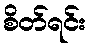
စိတ်ရင်း